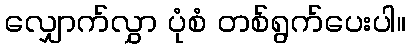
လျှောက်လွှာ ပုံစံ တစ်ရွက်ပေးပါ။